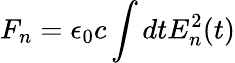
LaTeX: F_{n}=\epsilon_{0}c\int{dtE_{n}^{2}(t)}